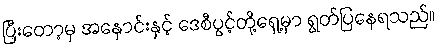
ပြီးတော့မှ အနှောင်းနှင့် ဒေစီပွင့်တို့ရှေ့မှာ ရွတ်ပြနေရသည်။